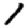
Digit: 1